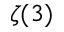
\zeta ( 3 )